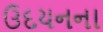
ઉદયનના